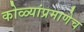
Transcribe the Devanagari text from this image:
कोळ्यांप्रमाणेच